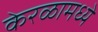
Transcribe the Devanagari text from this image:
केरळामध्ये